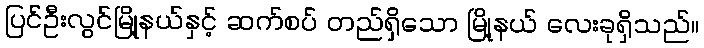
ပြင်ဦးလွင်မြို့နယ်နှင့် ဆက်စပ် တည်ရှိသော မြို့နယ် လေးခုရှိသည်။